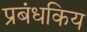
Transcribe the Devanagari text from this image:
प्रबंधकिय